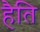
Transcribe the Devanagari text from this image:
हैति